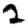
Digit: 2